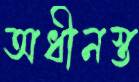
অধীনস্ত